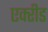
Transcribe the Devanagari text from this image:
एक्‍रीड